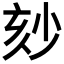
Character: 𡭹